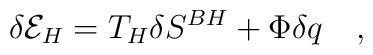
\delta {\cal E}_H=T_H \delta S^{BH}+\Phi \delta q~~~,